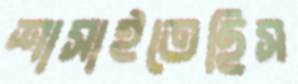
শাসাইতেছিস